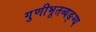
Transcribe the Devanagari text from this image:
गुणीभूतव्यङ्ग्य